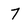
Character: 7